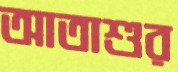
আতাশুর